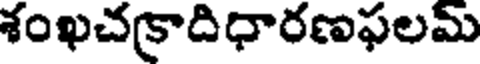
శంఖచకాదిధారణఫలమ్